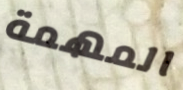
المهمة